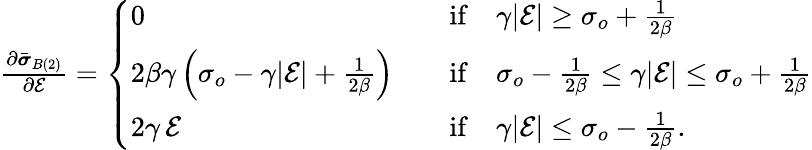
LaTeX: \begin{array}{r}{\frac{\partial\bar{\boldsymbol{\sigma}}_{B(2)}}{\partial\mathcal{E}}=\left\{ \begin{array}{ll}{0}&{\quad\mathrm{if}\quad\gamma|\mathcal{E}|\ge\sigma_{o}+\frac{1}{2\beta}}\\ {2\beta\gamma\left(\sigma_{o}-\gamma|\mathcal{E}|+\frac{1}{2\beta}\right)}&{\quad\mathrm{if}\quad\sigma_{o}-\frac{1}{2\beta}\le\gamma|\mathcal{E}|\le\sigma_{o}+\frac{1}{2\beta}}\\ {2\gamma\, \mathcal{E}}&{\quad\mathrm{if}\quad\gamma|\mathcal{E}|\le\sigma_{o}-\frac{1}{2\beta}.}\end{array}\right.}\end{array}